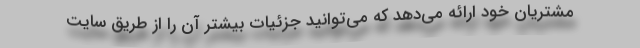
مشتریان خود ارائه می‌دهد که می‌توانید جزئیات بیشتر آن را از طریق سایت